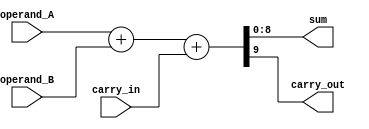
module carry_detect_adder (
    input [7:0] operand_A,
    input [7:0] operand_B,
    input carry_in,
    output [8:0] sum,
    output carry_out
);

    reg [8:0] sum;
    reg carry_out;

    always @(*) begin
        {carry_out, sum} = operand_A + operand_B + carry_in;
    end

endmodule